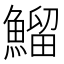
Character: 鰡